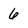
Character: 6